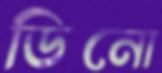
ডিনো